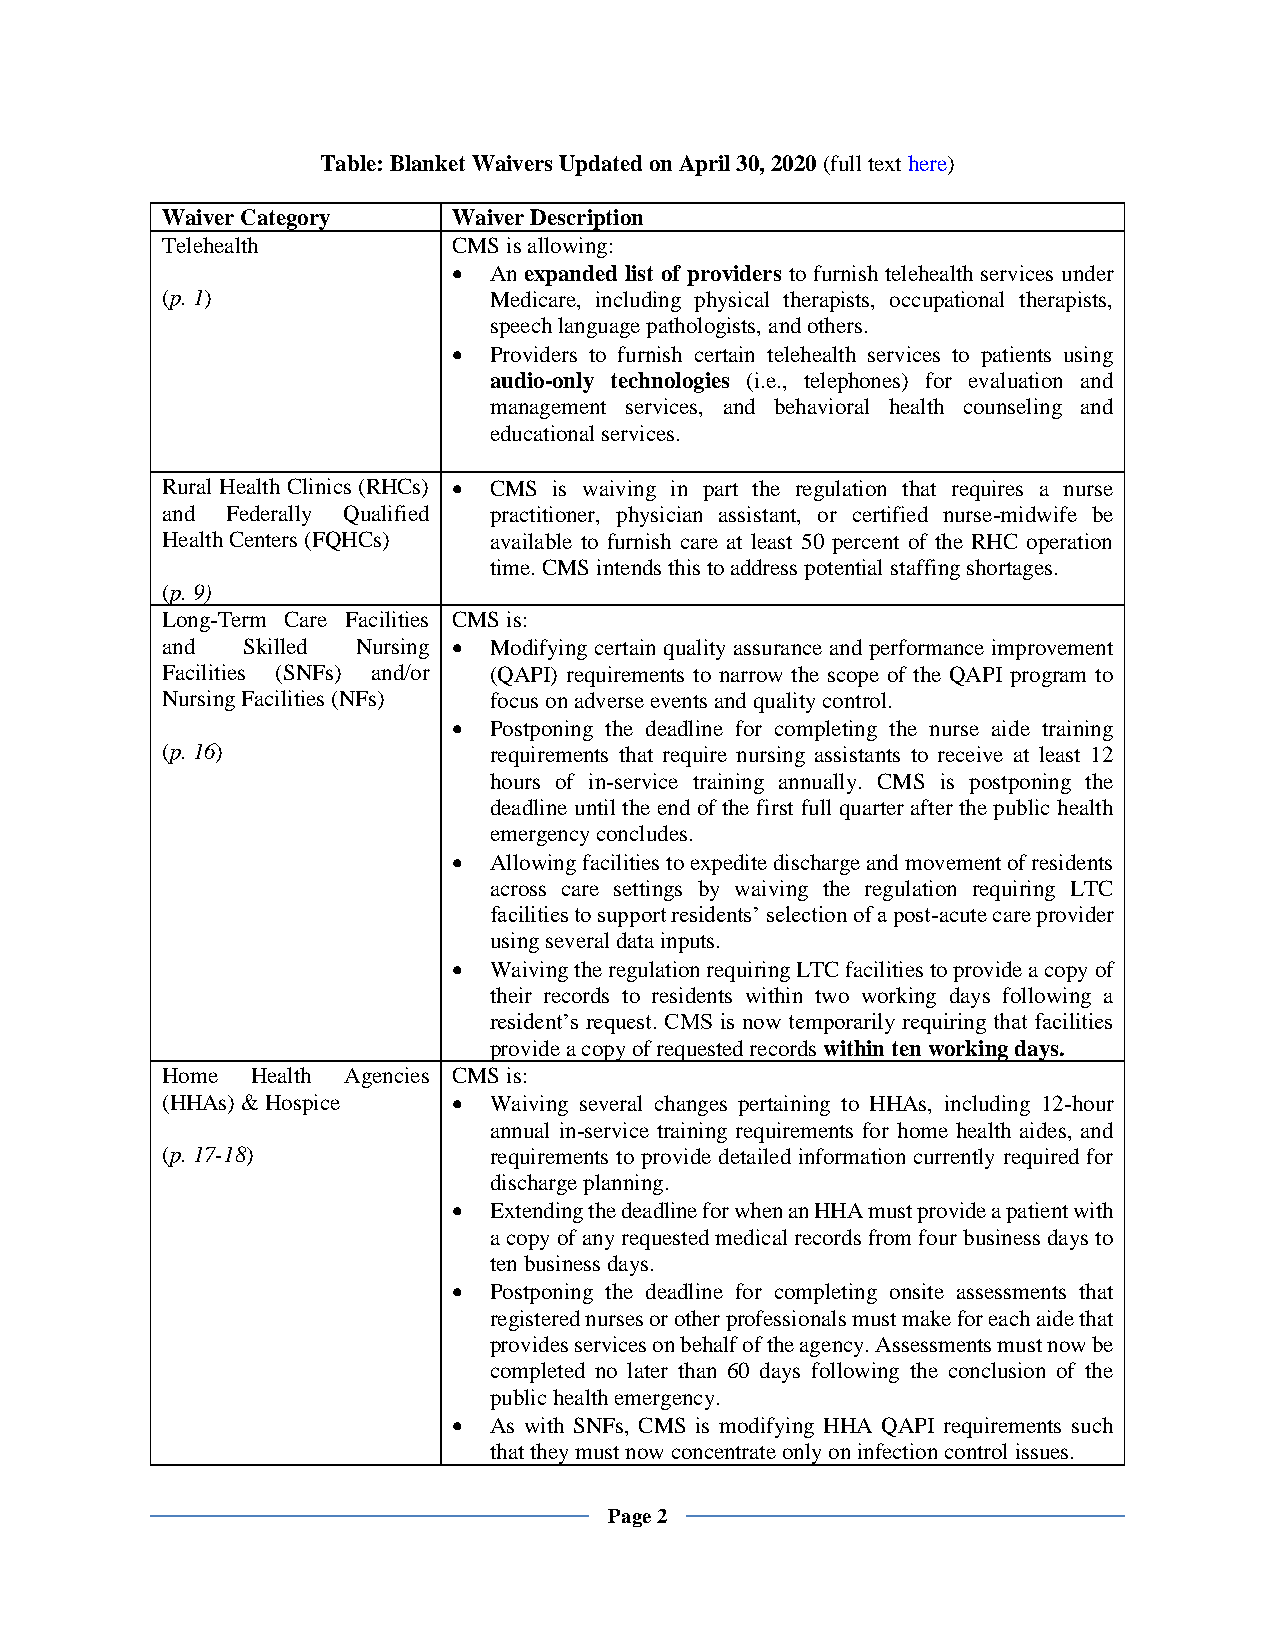
Table: Blanket Waivers Updated on April 30, 2020 (full text here)
 Waiver Category    Waiver Description
 Telehealth         CMS is allowing:
 • An expanded list of providers to furnish telehealth services under
 (p. 1)               Medicare, including physical therapists, occupational therapists,
 speech language pathologists, and others.
 • Providers to furnish certain telehealth services to patients using
 audio-only technologies (i.e., telephones) for evaluation and
 management services, and behavioral health counseling and
 educational services.
 Rural Health Clinics (RHCs) • CMS is waiving in part the regulation that requires a nurse
 and Federally Qualified practitioner, physician assistant, or certified nurse-midwife be
 Health Centers (FQHCs) available to furnish care at least 50 percent of the RHC operation
 time. CMS intends this to address potential staffing shortages.
 (p. 9)
 Long-Term Care Facilities CMS is:
 and  Skilled Nursing • Modifying certain quality assurance and performance improvement
 Facilities (SNFs) and/or (QAPI) requirements to narrow the scope of the QAPI program to
 Nursing Facilities (NFs) focus on adverse events and quality control.
 • Postponing the deadline for completing the nurse aide training
 (p. 16)              requirements that require nursing assistants to receive at least 12
 hours of in-service training annually. CMS is postponing the
 deadline until the end of the first full quarter after the public health
 emergency concludes.
 • Allowing facilities to expedite discharge and movement of residents
 across care settings by waiving the regulation requiring LTC
 facilities to support residents’ selection of a post-acute care provider
 using several data inputs.
 • Waiving the regulation requiring LTC facilities to provide a copy of
 their records to residents within two working days following a
 resident’s request. CMS is now temporarily requiring that facilities
 provide a copy of requested records within ten working days.
 Home  Health Agencies CMS is:
 (HHAs) & Hospice   • Waiving several changes pertaining to HHAs, including 12-hour
 annual in-service training requirements for home health aides, and
 (p. 17-18)           requirements to provide detailed information currently required for
 discharge planning.
 • Extending the deadline for when an HHA must provide a patient with
 a copy of any requested medical records from four business days to
 ten business days.
 • Postponing the deadline for completing onsite assessments that
 registered nurses or other professionals must make for each aide that
 provides services on behalf of the agency. Assessments must now be
 completed no later than 60 days following the conclusion of the
 public health emergency.
 • As with SNFs, CMS is modifying HHA QAPI requirements such
 that they must now concentrate only on infection control issues.
 Page 2